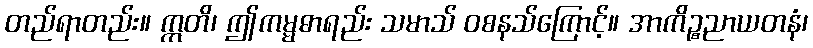
တည်ရာတည်း။ ဣတိ၊ ဤကမ္မဓာရည်း သမာသ် ဝစနသ်ကြောင့်။ အာကိဉ္စညာယတနံ၊